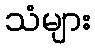
သံများ